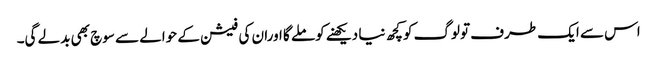
اس سے ایک طرف تولوگ کوکچھ نیا دیکھنے کوملے گا اوران کی فیشن کے حوالے سے سوچ بھی بدلے گی۔